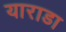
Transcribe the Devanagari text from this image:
याराडा